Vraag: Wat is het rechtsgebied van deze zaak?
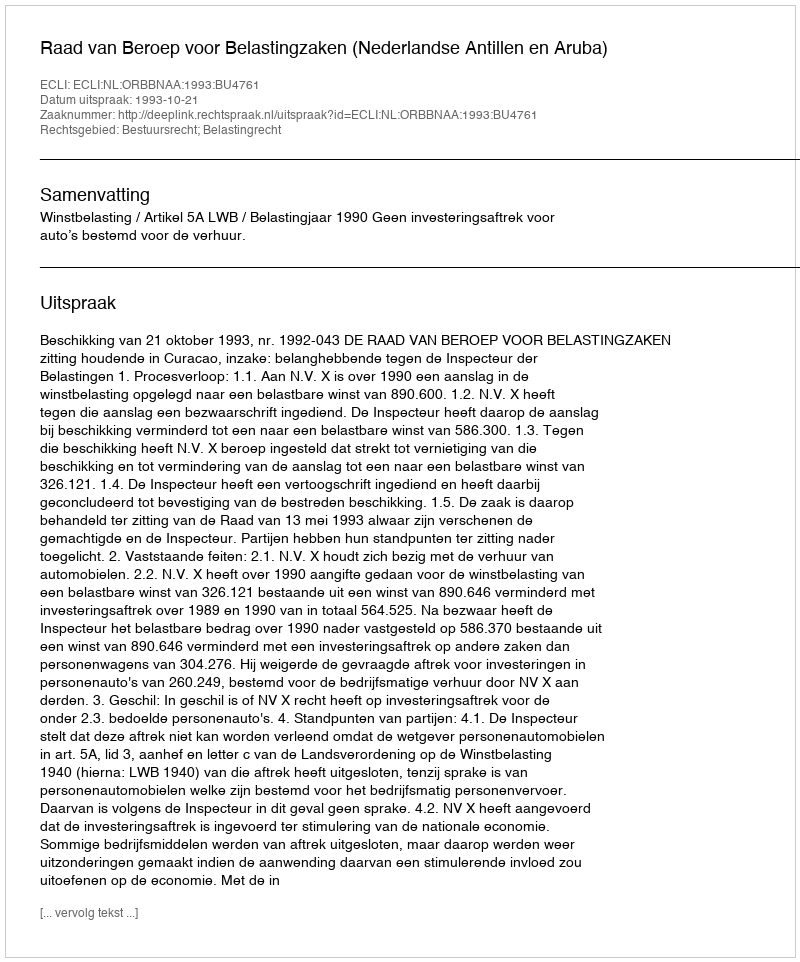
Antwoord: Bestuursrecht; Belastingrecht